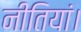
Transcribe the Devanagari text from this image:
नीतियां।